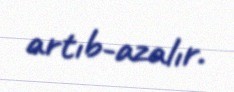
artıb-azalır.